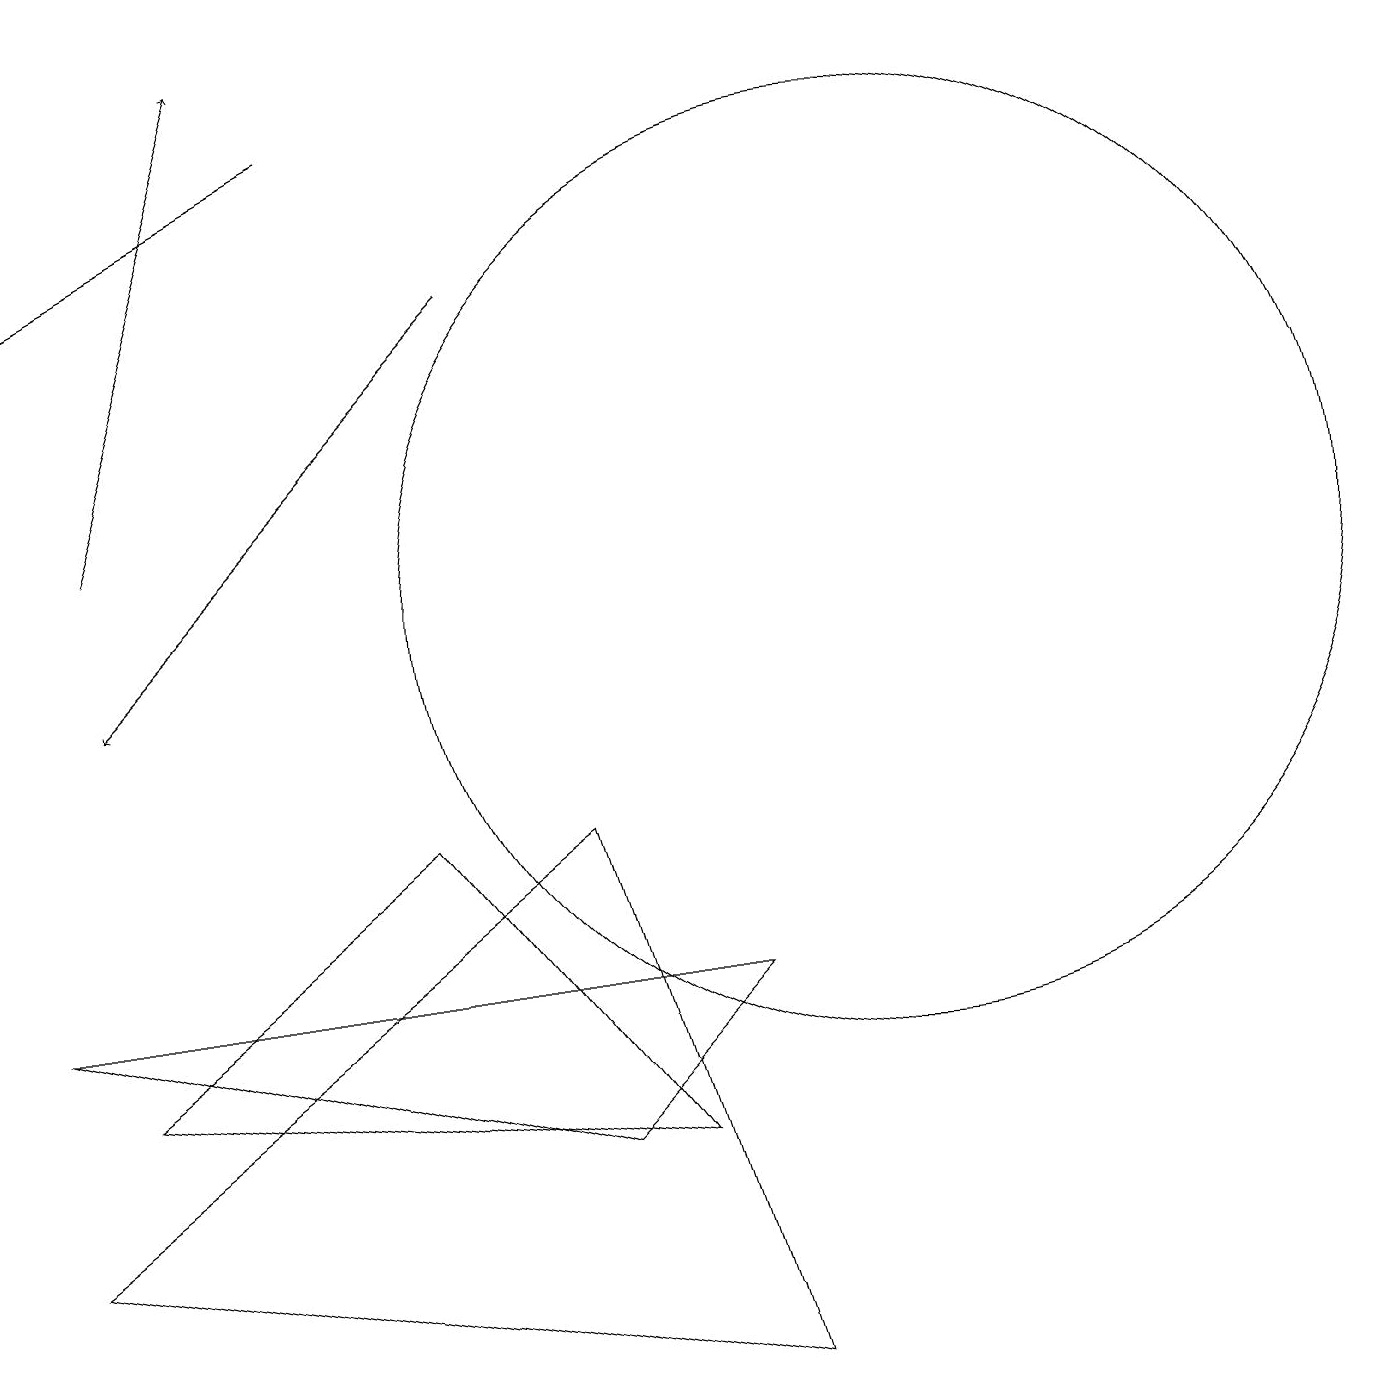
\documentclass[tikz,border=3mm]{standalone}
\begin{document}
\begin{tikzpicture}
\draw[->] (1,12) -- (3,18);
\draw (0,3) -- (7,8) -- (9,1) -- cycle;
\draw[->] (6,15) -- (1,10);
\draw (8,4) -- (1,5) -- (5,8) -- cycle;
\draw[->] (4,17) -- (0,15);
\draw (0,6) -- (9,6) -- (7,4) -- cycle;
\draw (11,11) circle (6);
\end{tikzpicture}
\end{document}